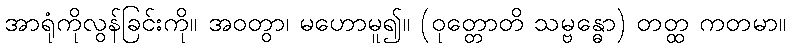
အာရုံကိုလွန်ခြင်းကို။ အဝတွာ၊ မဟောမူ၍။ (ဝုတ္တောတိ သမ္ဗန္ဓော) တတ္ထ ကတမာ။